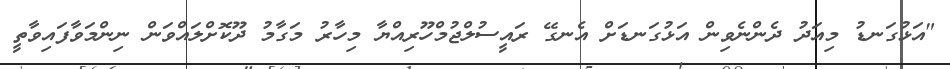
"އަޅުގަނޑު މިއަދު ދެންނެވިން އަޅުގަނޑަށް އެނގޭ ރައީސުލްޖުމްހޫރިއްޔާ މިހާރު މަގާމު ދޫކޮށްލައްވަން ނިންމަވާފައިވާތީ